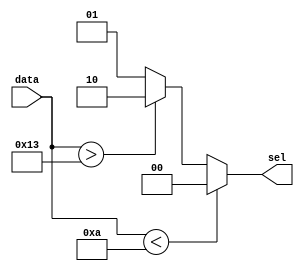
module comparator (input [4:0] data,output reg [1:0] sel);
	
	always@(*)
	begin
		if(data < 5'b01010)
		begin
			sel = 2'b00;
		end
		else begin
			sel = 2'b01;
			if(data > 5'b10011)
			begin
				sel = 2'b10;
			end
		end
	end
endmodule